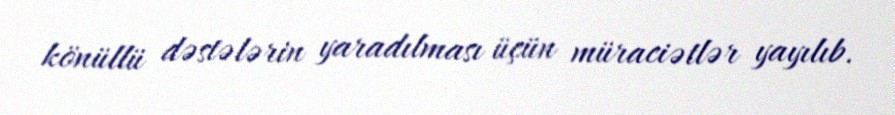
könüllü dəstələrin yaradılması üçün müraciətlər yayılıb.